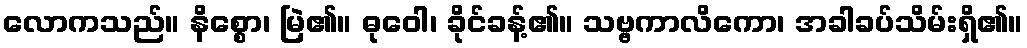
လောကသည်။ နိစ္စော၊ မြဲ၏။ ဓုဝေါ၊ ခိုင်ခန့်၏။ သဗ္ဗကာလိကော၊ အခါခပ်သိမ်းရှိ၏။